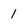
Character: 1